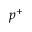
p ^ { + }